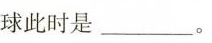
球此时是___。